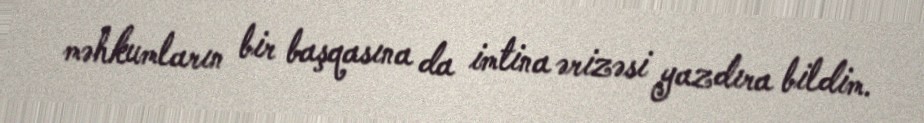
məhkumların bir başqasına da imtina ərizəsi yazdıra bildim.